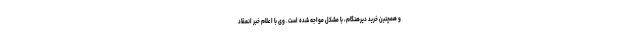
و همچنین خرید دیرهنگام، با مشکل مواجه شده است. وی با اعلام خبر انعقاد